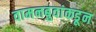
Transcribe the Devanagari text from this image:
वामनबुवांकडून